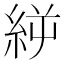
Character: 𥿬